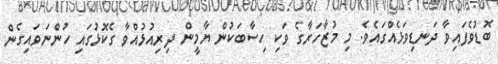
ބޮޑުވެފައިވާ ދަނޑިވަޅެއްގައެވެ. މި މުޒާހަރާގެ ވަކި ހިސާބަކުން ޔާމީން ދިރިއުޅުއްވާ ގެކޮޅުގައި ހުންނަވައިގެން